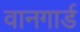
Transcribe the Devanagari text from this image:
वानगार्ड